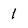
Character: 1